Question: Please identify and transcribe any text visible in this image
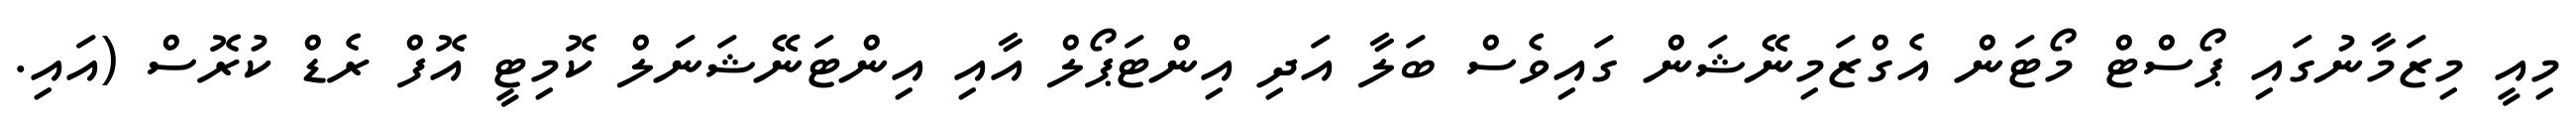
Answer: މިއީ މިޒަމާނުގައި ޕޯސްޓް މޯޓަން އެގްޒަމިނޭޝަން ގައިވެސް ބަލާ އަދި އިންޓަޕޯލް އާއި އިންޓަނޭޝަނަލް ކޮމިޓީ އޮފް ރެޑް ކުރޮސް (އައި.